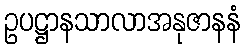
ဥပဋ္ဌာနသာလာအနုဇာနနံ